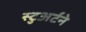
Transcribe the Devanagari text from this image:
स्टुअर्टने